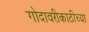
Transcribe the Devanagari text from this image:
गोदावरीकाठीच्या